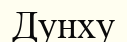
Дунху